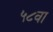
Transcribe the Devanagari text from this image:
५८वा